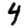
Digit: 4